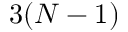
3 ( N - 1 )